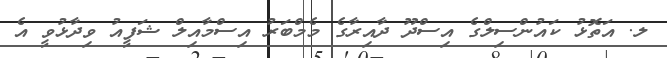
ލ. އަތޮޅު ކައުންސިލްގެ އިސްދޫ ދާއިރާގެ މެމްބަރު އިސްމާއިލް ޝަފީއު ވިދާޅުވީ އެ